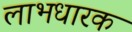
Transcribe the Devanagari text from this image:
लाभधारक